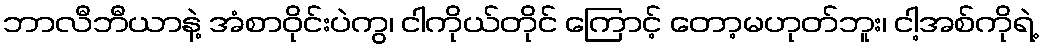
ဘာလီဘီယာနဲ့ အံစာဝိုင်းပဲကွ၊ ငါကိုယ်တိုင် ကြောင့် တော့မဟုတ်ဘူး၊ ငါ့အစ်ကိုရဲ့